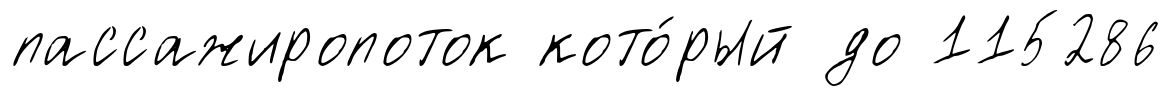
пассажиропоток кото́рый до 115286